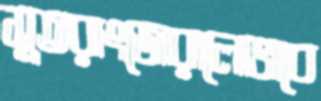
সুতরাংজোরালোভাবে